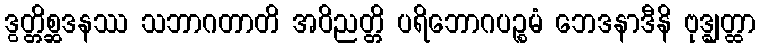
ဒွတ္တိစ္ဆဒနဿ သဘာဂတာတိ အဝိညတ္တိ ပရိဘောဂပဉ္စမံ ဘေဒနာဒီနိ ဗုဒ္ဓျတ္ထာ